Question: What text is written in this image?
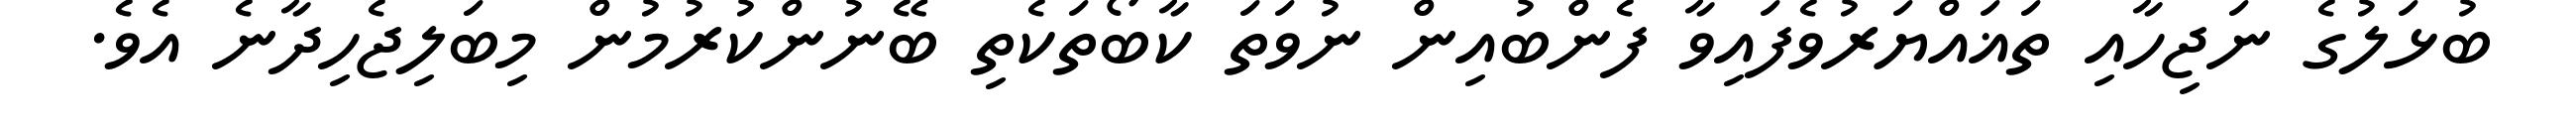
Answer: ބުޅަލުގެ ނަޖިހާއި ތަޣައްޔަރުވެފައިވާ ފެންބުއިން ނުވަތަ ކާބޯތަކެތި ބޭނުންކުރުމުން މިބަލިޖެހިދާނެ އެވެ.